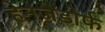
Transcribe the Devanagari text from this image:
हेनजेंडोर्फ